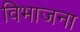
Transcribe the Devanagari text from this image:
विभाजना